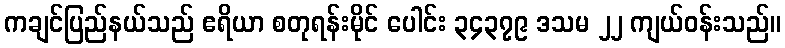
ကချင်ပြည်နယ်သည် ဧရိယာ စတုရန်းမိုင် ပေါင်း ၃၄၃၇၉ ဒသမ ၂၂ ကျယ်ဝန်းသည်။